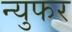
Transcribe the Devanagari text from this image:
न्युफर